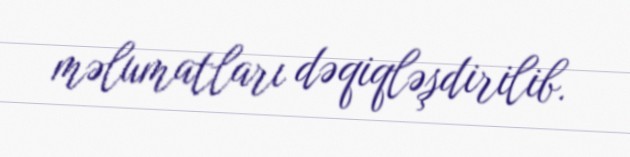
məlumatları dəqiqləşdirilib.